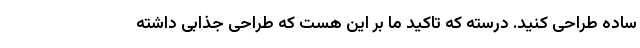
ساده طراحی کنید. درسته که تاکید ما بر این هست که طراحی جذابی داشته